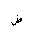
Letter: _dad